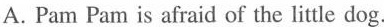
A. Pam Pam is afraid of the little dog.